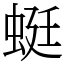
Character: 蜓